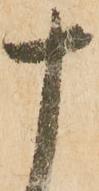
十